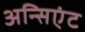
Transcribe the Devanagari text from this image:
अन्सिएंट